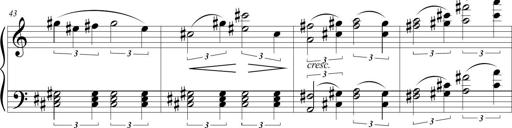
Title: Sonatina (Piano Sonata No.9)
Composer: Richard St. Clair